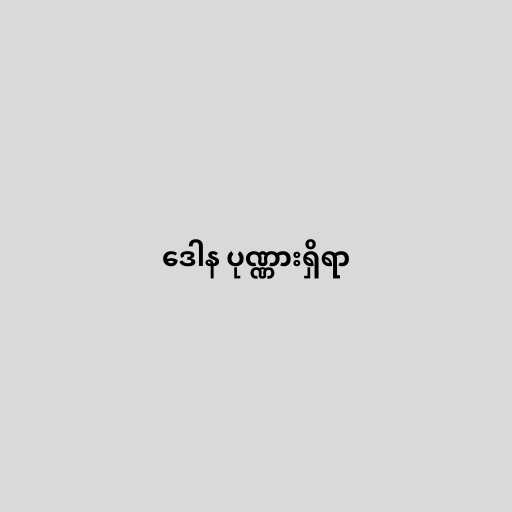
ဒေါန ပုဏ္ဏားရှိရာ